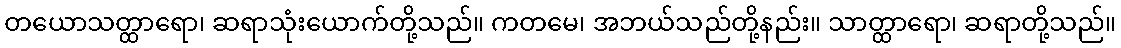
တယောသတ္ထာရော၊ ဆရာသုံးယောက်တို့သည်။ ကတမေ၊ အဘယ်သည်တို့နည်း။ သာတ္ထာရော၊ ဆရာတို့သည်။